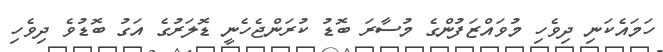
ހަމައެކަނި ދިވެހި މުވައްޒަފުންގެ މުސާރަ ބޮޑު ކުރަންޖެހެނީ ޑޮލަރުގެ އަގު ބޮޑުވެ ދިވެހި